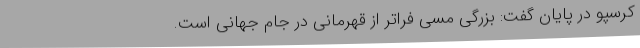
کرسپو در پایان گفت: بزرگی مسی فراتر از قهرمانی در جام جهانی است.